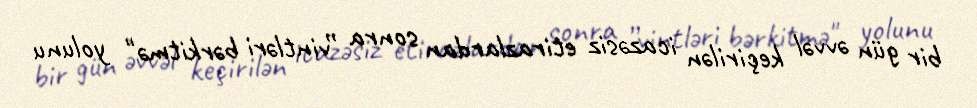
bir gün əvvəl keçirilən icazəsiz etirazlardan sonra ”vintləri bərkitmə" yolunu